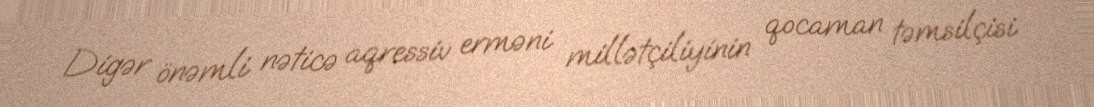
Digər önəmli nəticə aqressiv erməni millətçiliyinin qocaman təmsilçisi